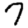
Digit: 7